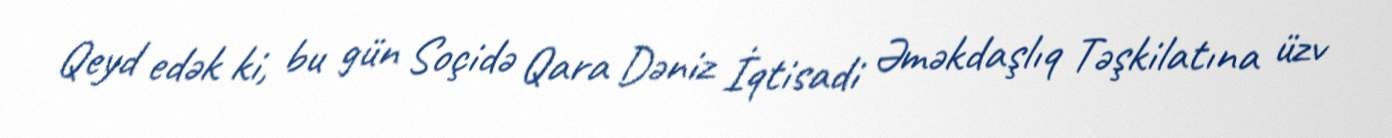
Qeyd edək ki, bu gün Soçidə Qara Dəniz İqtisadi Əməkdaşlıq Təşkilatına üzv